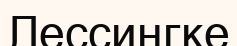
Лессингке